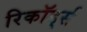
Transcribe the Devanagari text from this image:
रिकॉड्‌र्स